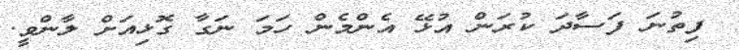
ފިތުނަ ފަސާދަ ކުރަން އުޅޭ އެންމެން ހަމަ ނަގާ ގޮޅިއަށް ލާންވީ.